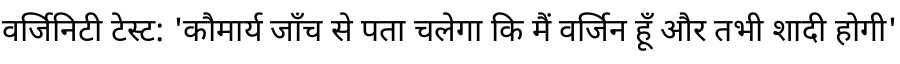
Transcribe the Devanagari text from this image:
वर्जिनिटी टेस्ट: 'कौमार्य जाँच से पता चलेगा कि मैं वर्जिन हूँ और तभी शादी होगी'